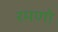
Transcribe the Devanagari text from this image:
रमणो